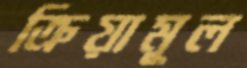
ক্রিয়ামূল